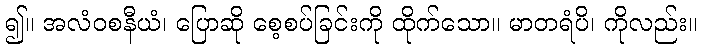
၍။ အလံဝစနီယံ၊ ပြောဆို စေ့စပ်ခြင်းကို ထိုက်သော။ မာတရံပိ၊ ကိုလည်း။